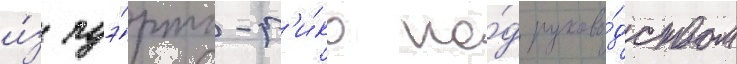
и́з пуэ́рто-р'и́ко по́д руково́дством